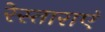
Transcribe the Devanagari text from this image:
रेस्ताराएं